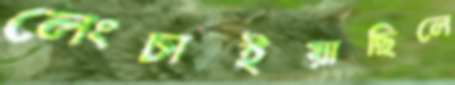
লেংচাইয়াছিলে